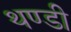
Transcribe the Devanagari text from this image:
थण्डी